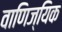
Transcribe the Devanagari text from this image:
वाणिज्यिक